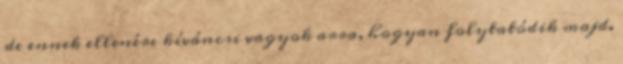
de ennek ellenére kíváncsi vagyok arra, hogyan folytatódik majd.